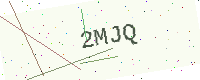
Text: 2MJQ